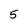
Character: 5